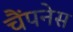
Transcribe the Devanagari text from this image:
चैंपनेस